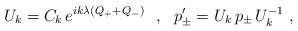
\begin{align*}U_k=C_k\,e^{ik\lambda(Q_++Q_-)}\ \ ,\ \ p'_\pm=U_k\,p_\pm\,U^{-1}_k\ ,\end{align*}